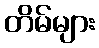
တိမ်များ